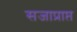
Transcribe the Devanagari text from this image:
सजाप्राप्त